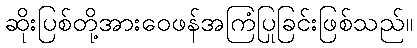
ဆိုးပြစ်တို့အားဝေဖန်အကြံပြုခြင်းဖြစ်သည်။